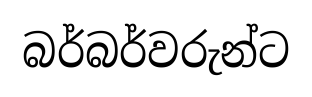
බර්බර්වරුන්ට